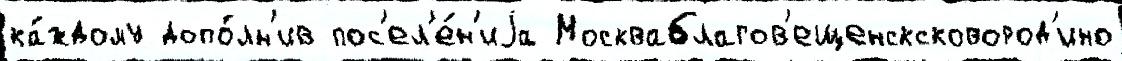
ка́ждому допо́лн'ив пос'ел'е́н'иjа Москваблагов'ещенсксковород'ино